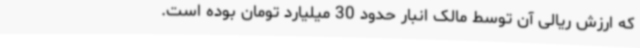
که ارزش ریالی آن توسط مالک انبار حدود 30 میلیارد تومان بوده است.